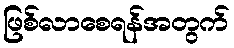
ဖြစ်လာစေရန်အတွက်